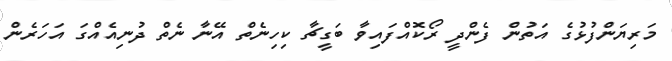
މަރިޔަންފުޅުގެ އަތުން ފެންދީ ރޯކޮއްފައިވާ ބަގީޗާ ކިހިނެތް އޭނާ ނެތް ދުނިއެއްގަ އަހަރެން